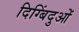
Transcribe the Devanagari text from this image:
दिग्बिंदुओं